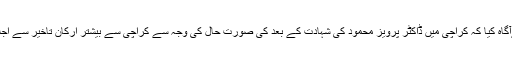
٭	محترم قیم جماعت نےآگاہ کیا کہ کراچی میں ڈاکٹر پرویز محمود کی شہادت کے بعد کی صورت حال کی وجہ سے کراچی سے بیشتر ارکان تاخیر سے اجلاس میں شریک ہوں گے۔